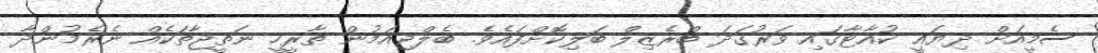
ސެމީއަށް ދިޔައީ ކުއާޓާގައި ވަރުގަދަ ބްރެޒިލް ބަލިކޮށްފައެވެ. ބެލްޖިއަމުން ތާރީހީ ނަތީޖާތަކެއް ނެރެމުންދާ